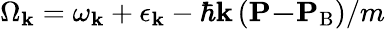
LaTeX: \Omega_{\mathbf{k}}=\omega_{\mathbf{k}}+\epsilon_{\mathbf{k}}-\hbar\mathbf{k}\left(\mathbf{P-}\mathbf{P}_{\textrm{B}}\right)/m